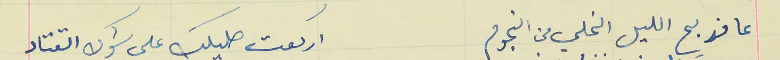
عا مذبح الليل الخلي من النجوم                                اركعت صليلك على شوك القتاد